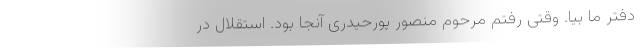
دفتر ما بیا‌. وقتی رفتم مرحوم منصور پورحیدری آنجا بود. استقلال در